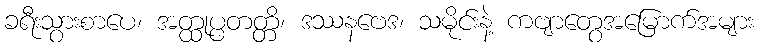
ခရီးသွားစာပေ၊ အတ္ထုပ္ပတတ္တိ၊ ဒဿနဗေဒ၊ သမိုင်းနဲ့ ကဗျာတွေအမြောက်အများ